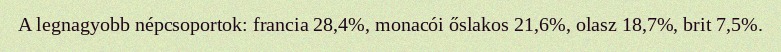
A legnagyobb népcsoportok: francia 28,4%, monacói őslakos 21,6%, olasz 18,7%, brit 7,5%.